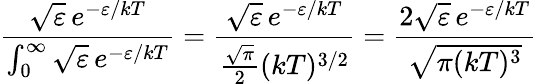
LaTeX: {\frac{{\sqrt{\varepsilon}}\, e^{-\varepsilon/kT}}{\int_{0}^{\infty}{\sqrt{\varepsilon}}\, e^{-\varepsilon/kT}}}={\frac{{\sqrt{\varepsilon}}\, e^{-\varepsilon/kT}}{{\frac{\sqrt{\pi}}{2}}(kT)^{3/2}}}={\frac{2{\sqrt{\varepsilon}}\, e^{-\varepsilon/kT}}{\sqrt{\pi(kT)^{3}}}}